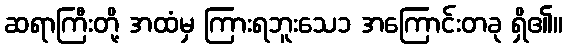
ဆရာကြီးတို့ အထံမှ ကြားရဘူးသေ၁ အကြောင်းတခု ရှိ၏။